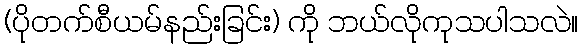
(ပိုတက်စီယမ်နည်းခြင်း) ကို ဘယ်လိုကုသပါသလဲ။